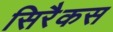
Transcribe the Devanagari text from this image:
सिरैकस